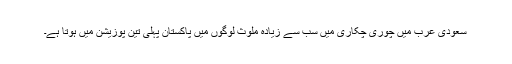
سعودی عرب میں چوری چکاری میں سب سے زیادہ ملوث لوگوں میں پاکستان پہلی تین پوزیشن میں ہوتا ہے۔